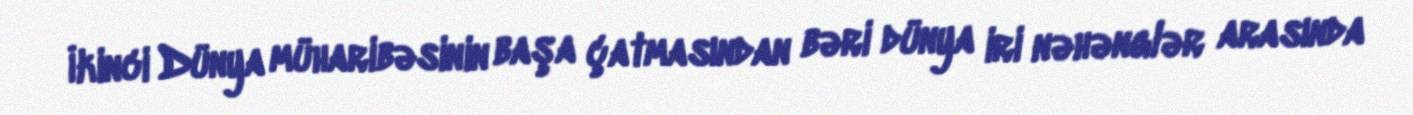
İkinci Dünya müharibəsinin başa çatmasından bəri dünya iri nəhənglər arasında